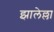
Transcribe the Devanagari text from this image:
झालेल्ला